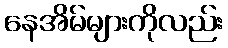
နေအိမ်များကိုလည်း